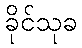
ခိုင်သုခ